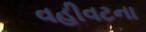
વહીવટના